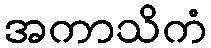
အကာသိကံ